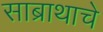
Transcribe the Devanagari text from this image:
साब्राथाचे